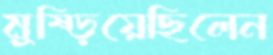
মুষ্‌ড়িয়েছিলেন